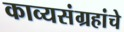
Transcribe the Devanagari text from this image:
काव्यसंग्रहांचे